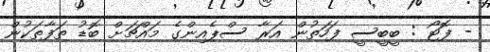
- ފޮޓޯ : ބީބީސީ ފަހަތުން އަރާ ސްޕެއިންގެ މައްޗަށް ބޮޑު ތަފާތަކުން